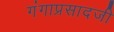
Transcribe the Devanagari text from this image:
गंगाप्रसादजी